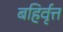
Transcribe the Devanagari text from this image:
बहिर्वृत्त